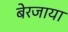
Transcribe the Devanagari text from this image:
बेरजाया